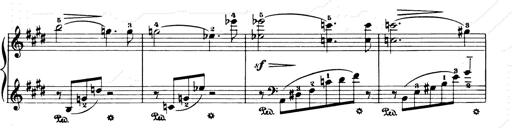
Title: Consolations and LiebestrÃ¤ume for the Piano
Composer: Franz Liszt